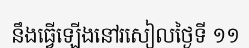
នឹងធ្វើឡើងនៅរសៀលថ្ងៃទី ១១